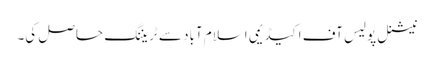
نیشنل پولیس آف اکیڈیمی اسلام آباد سے ٹریننگ حاصل کی۔